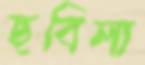
ছবিলা